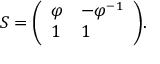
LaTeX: S = { \left( \begin{array} { l l } { \varphi } & { - \varphi ^ { - 1 } } \\ { 1 } & { 1 } \end{array} \right) } .